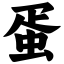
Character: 蛋